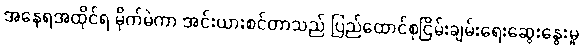
အနေရအထိုင်ရ မိုက်မဲကာ အင်းယားစင်တာသည် ပြည်ထောင်စုငြိမ်းချမ်းရေးဆွေးနွေးမှု